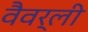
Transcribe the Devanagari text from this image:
वैवर्ली